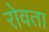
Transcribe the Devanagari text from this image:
रोवता